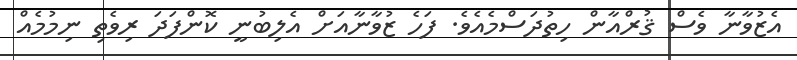
އެޒުވާނާ ވެސް ޤުރްއާން ހިތުދަސްމެއެވެ. ފަހެ ޒުވާނާއަށް އެލިބުނީ ކޮންފަދަ ރިވެތި ނިމުމެއް